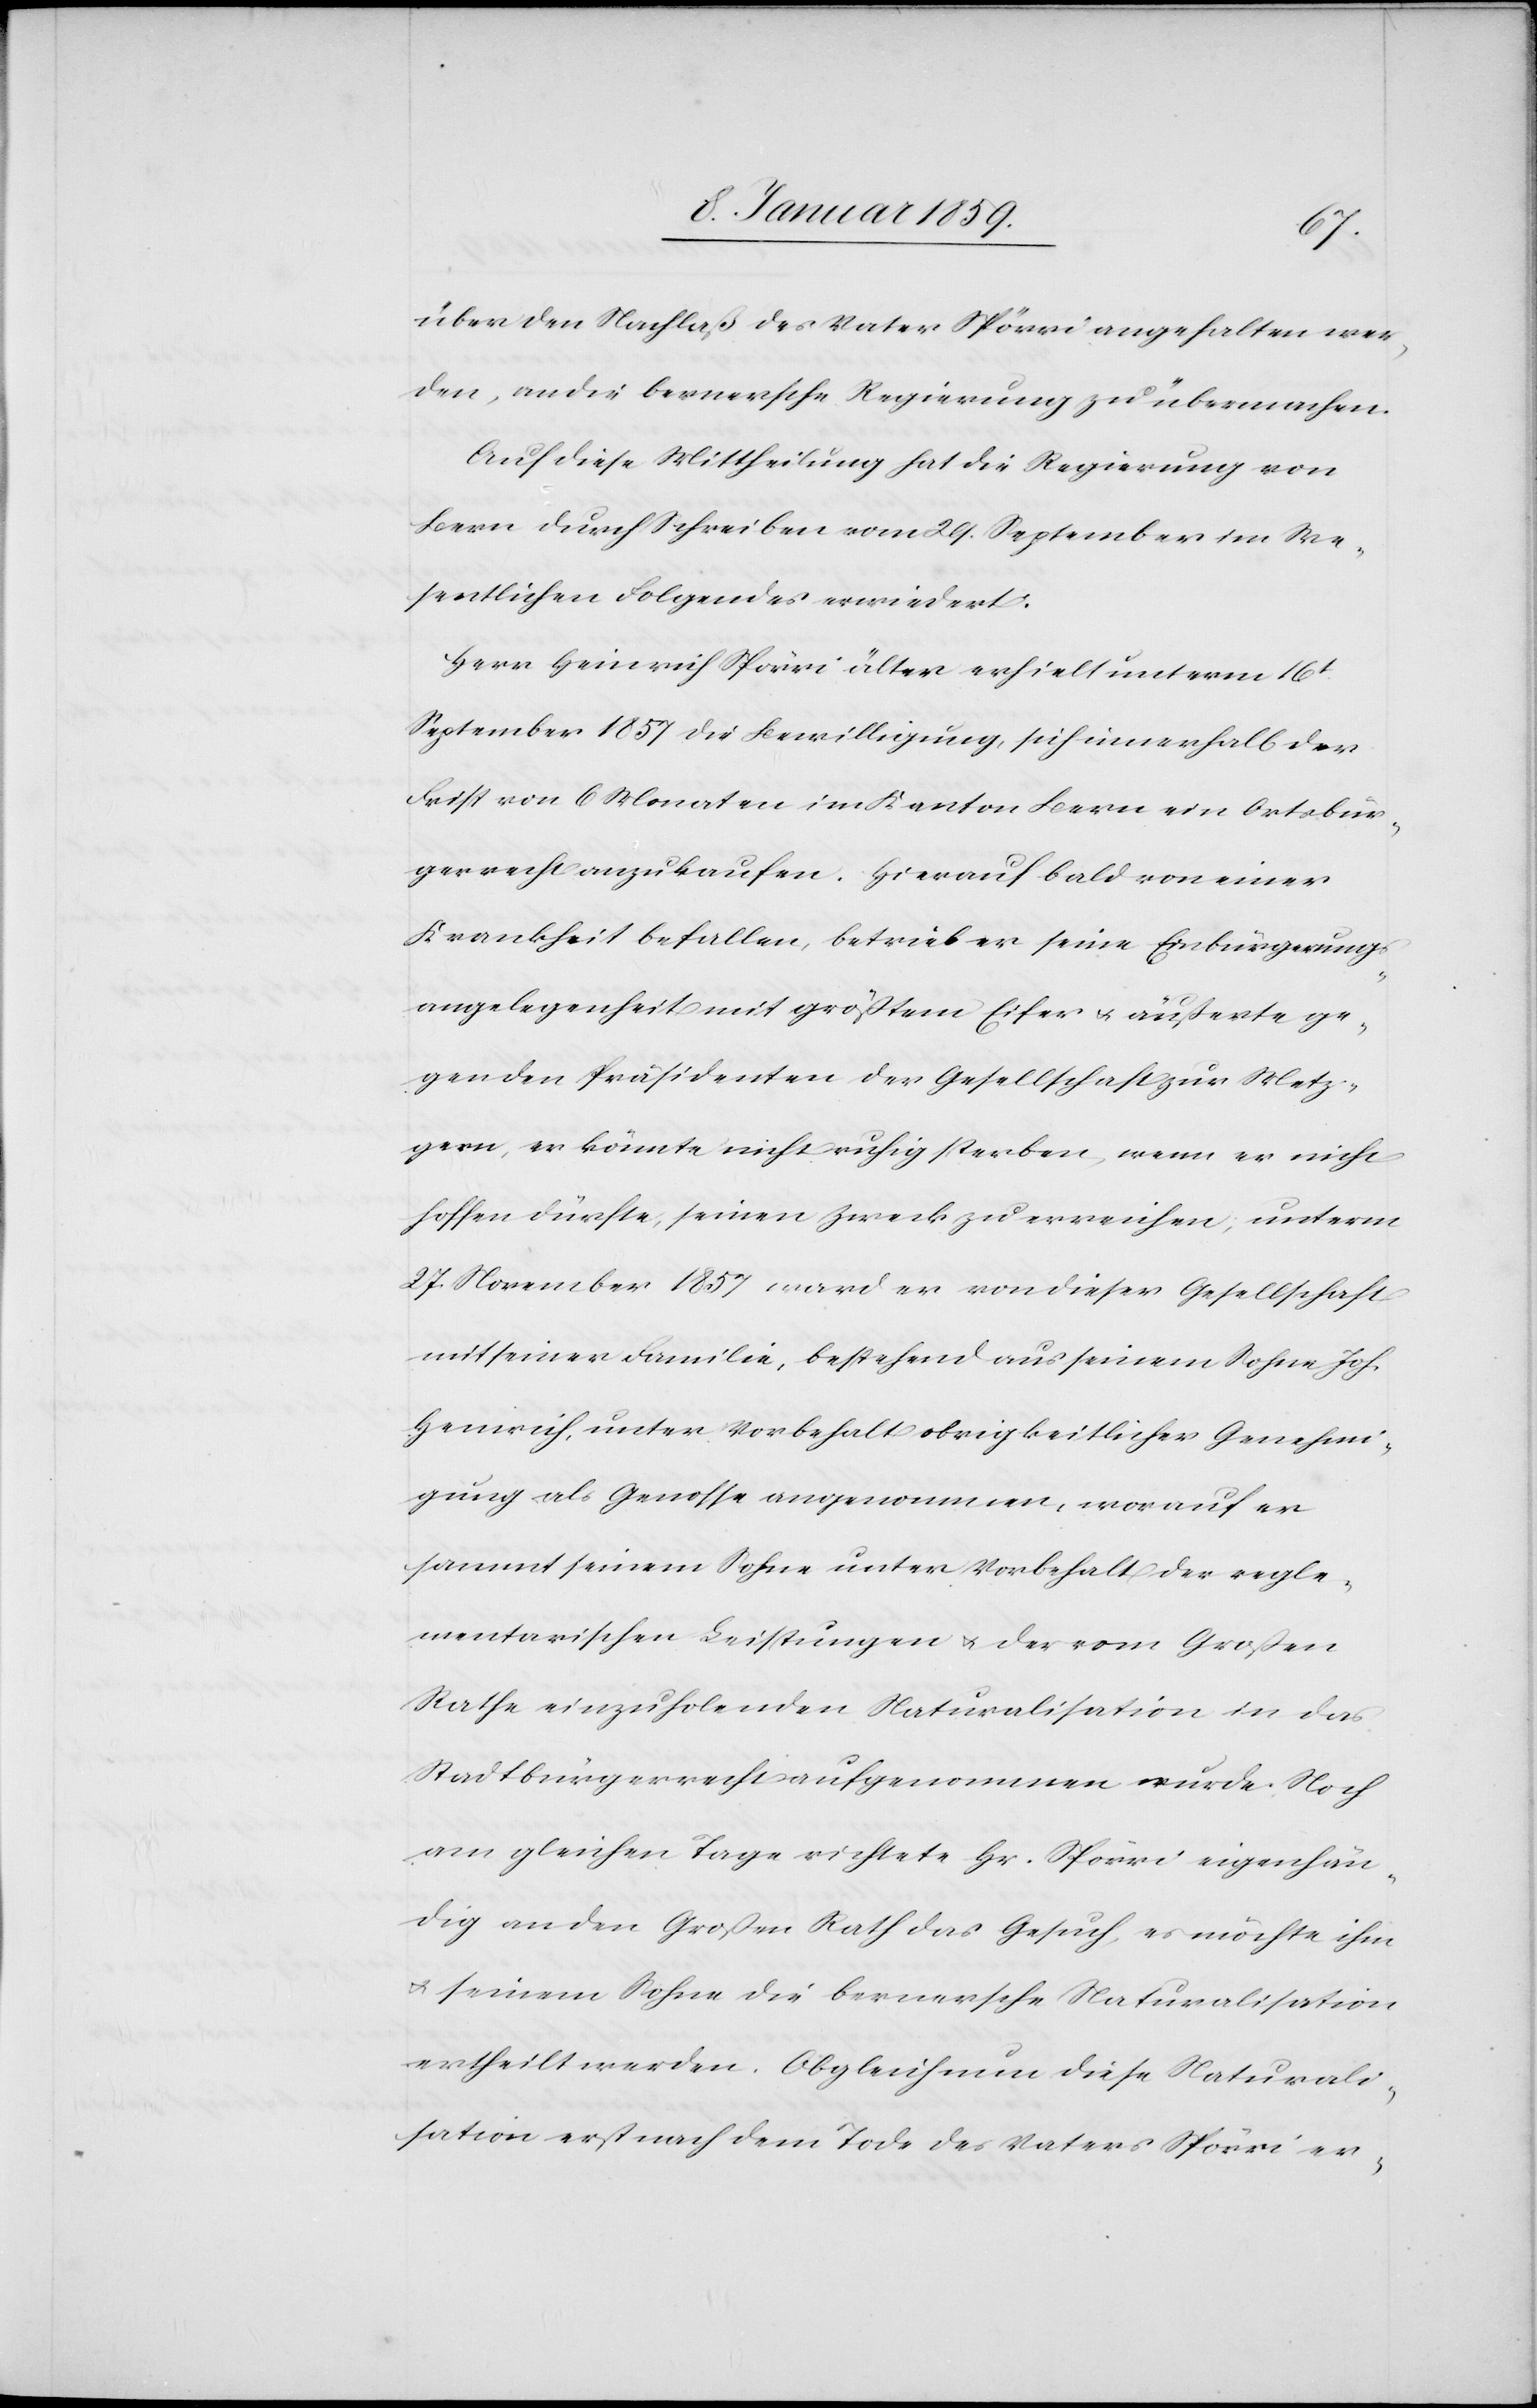
über den Nachlaß des Vaters Spörri angehalten wer¬
den [sic!], an die bernersche Regierung zu übermachen.
Auf diese Mittheilung hat die Regierung von
Bern durch Schreiben vom 29. September im We¬
sentlichen folgendes erwiedert:
Herr Heinrich Spörri älter erhielt unterm 16t.
September 1857 die Bewilligung, sich innerhalb der
Frist von 6 Monaten im Kanton Bern ein Ortsbür¬
gerrecht anzukaufen. Hierauf bald von einer
Krankheit befallen, betrieb er seine Einbürgerungs¬
angelegenheit mit größtem Eifer u. äußerte ge¬
gen den Präsidenten der Gesellschaft zur Metz¬
gern, er könnte nicht ruhig sterben, wenn er nicht
hoffen dürfe, seinen Zweck zu erreichen; unterm
27. November 1857 ward er von dieser Gesellschaft
mit seiner Familie, bestehend aus seinem Sohne Joh.
Heinrich, unter Vorbehalt obrigkeitlicher Genehmi¬
gung als Genosse angenommen, worauf er
sammt seinem Sohn unter Vorbehalt der regle¬
mentarischen Leistungen u. der vom Großen
Rathe einzuholenden Naturalisation in das
Stadtbürgerrecht aufgenommen wurde. Noch
am gleichen Tage richtete Hr. Spörri eigenhän¬
dig an den Großen Rath das Gesuch, es möchte ihm
u. seinem Sohn die bernersche Naturalisation
ertheilt werden. Obgleich nun diese Naturali¬
sation erst nach dem Tode des Vaters Spörri er-